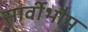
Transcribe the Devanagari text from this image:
सार्वीभौम